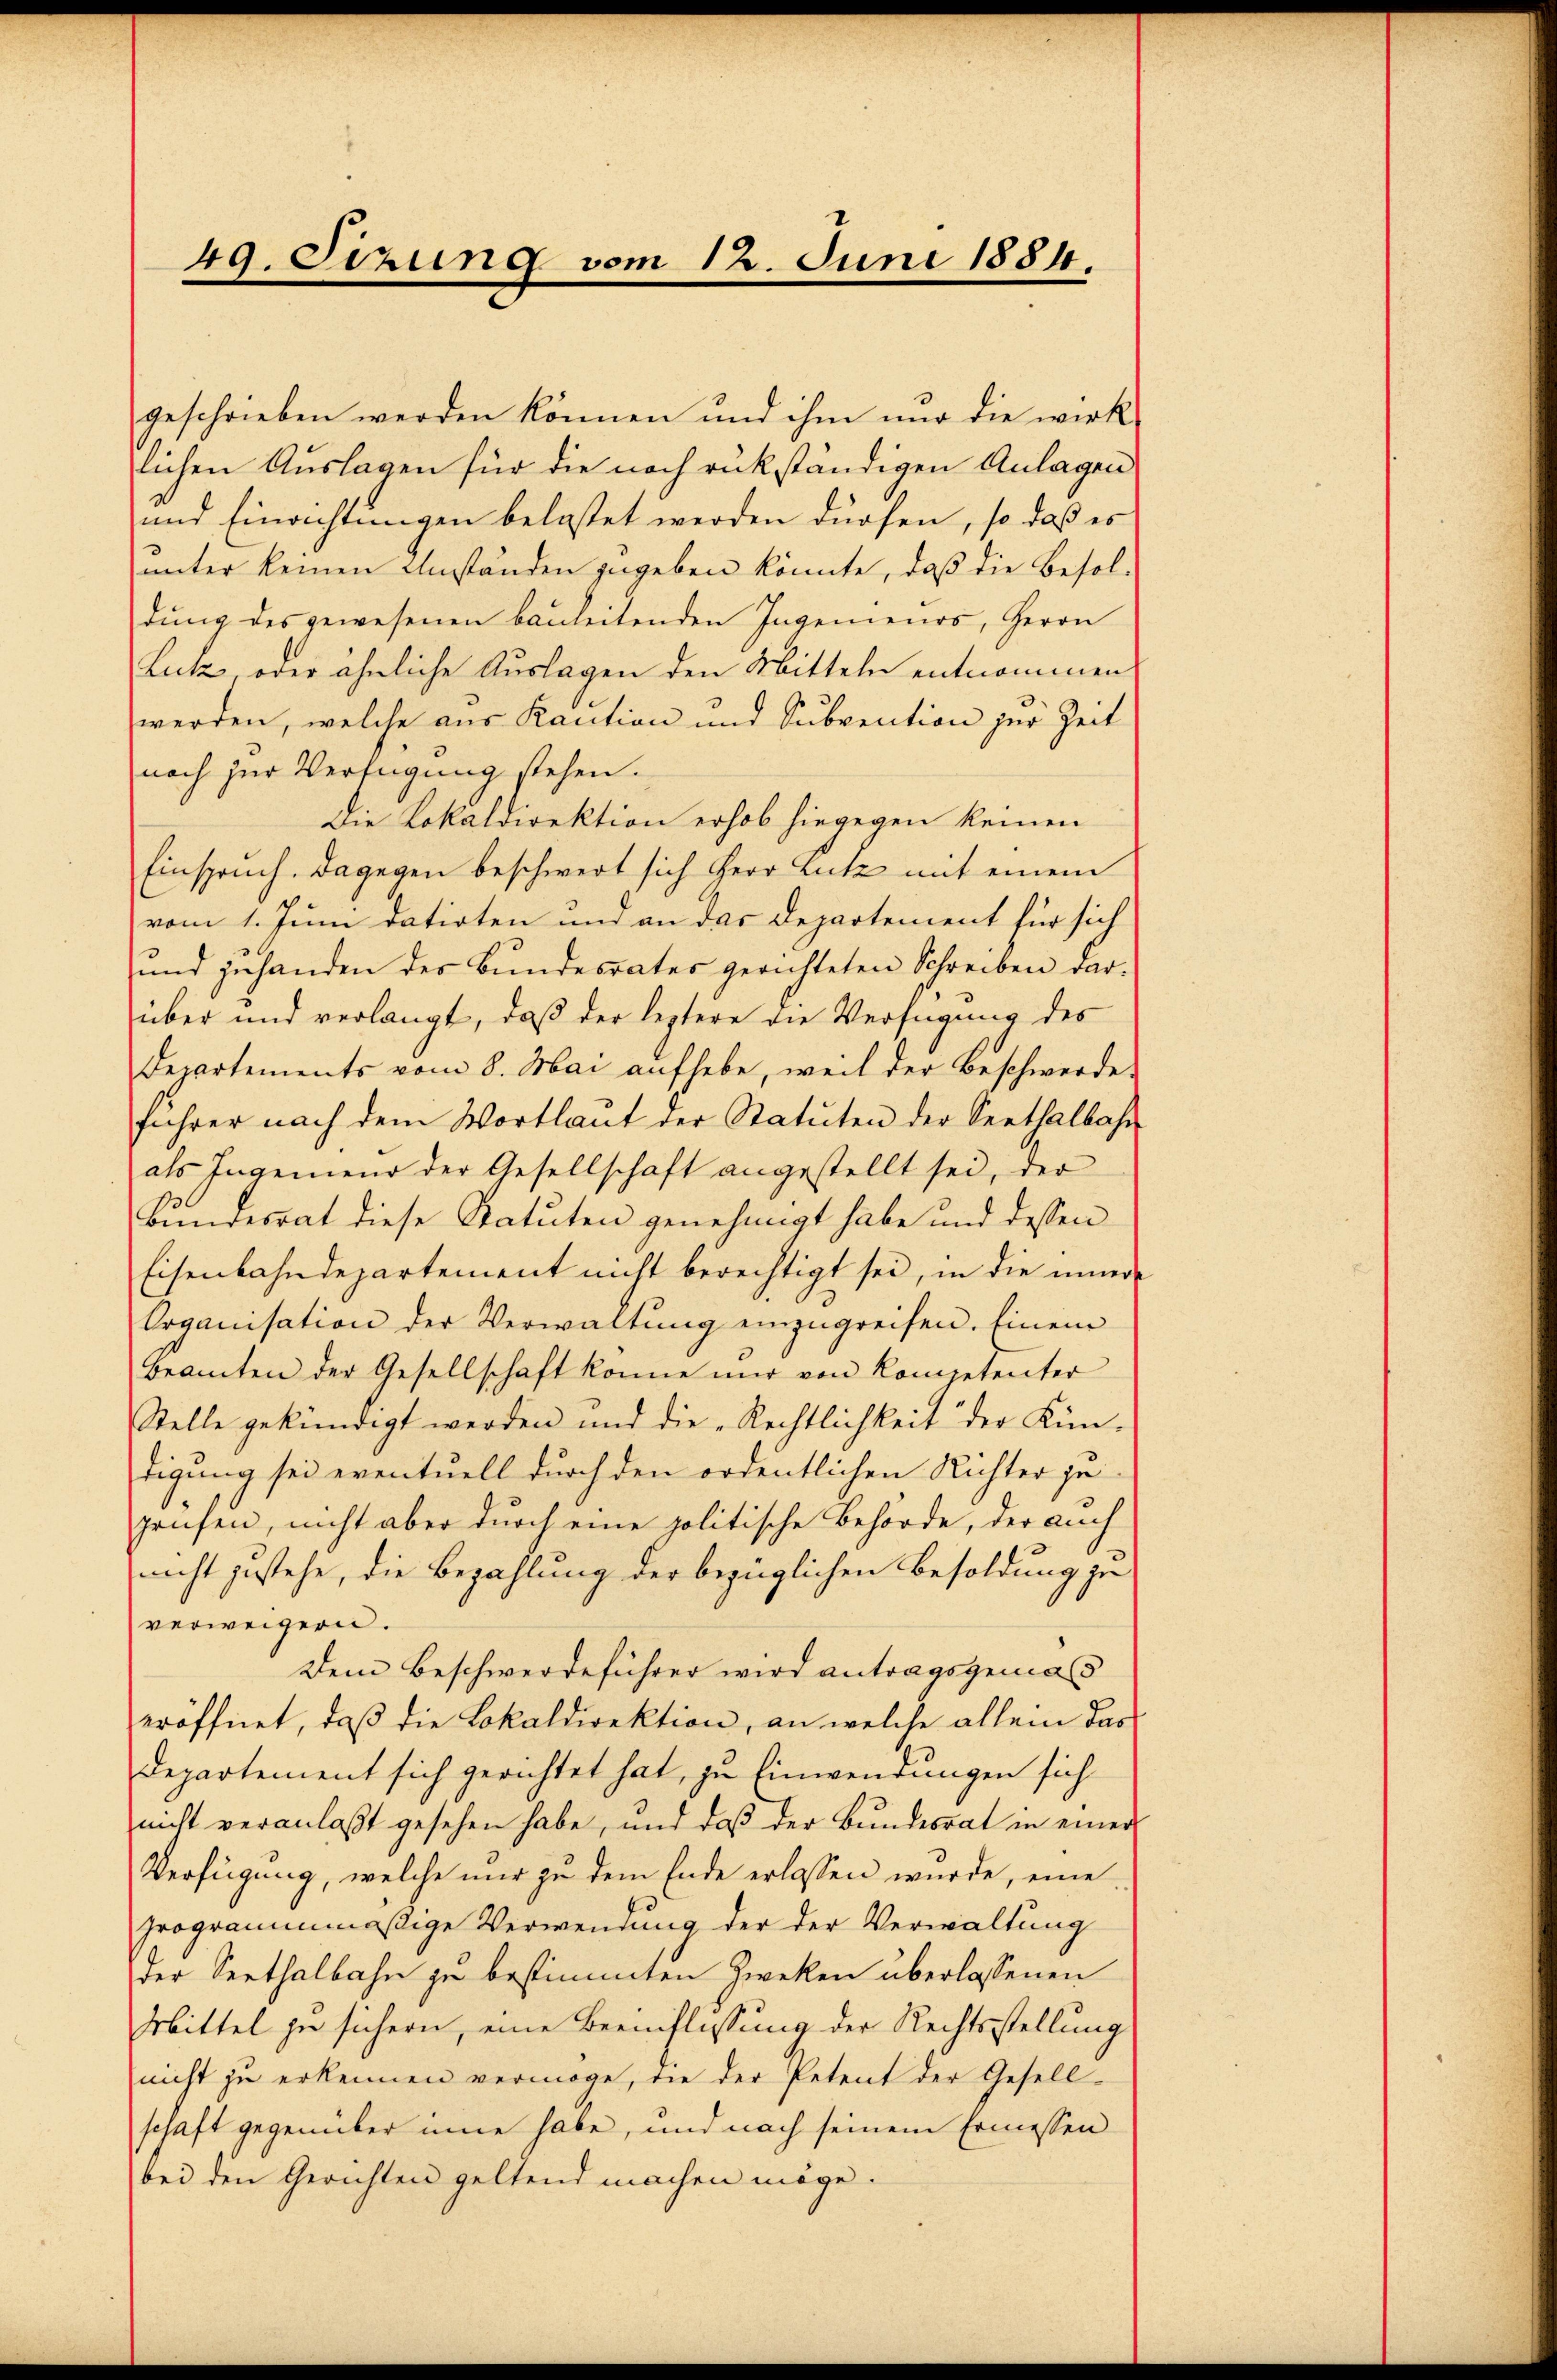
49. Sizung vom 12. Juni 1884.

geschrieben werden können und ihm nur die wirk
lichen Auslagen für die noch rükständigen Anlagen
und Einrichtungen belastet werden dürfen, so daß es
unter keinen Umständen zugeben könnte, daß die Besoldung des gewesenen bauleitenden Ingenieurs, Herrn
Lutz oder ähnliche Auslagen den Mitteln entnommen
werden, welche aus Kaution und Subvention zur Zeit
noch zur Verfügung stehen.
Die Lokaldirektion erhob hiegegen keinen
Einspruch. Dagegen beschwert sich Herr Lutz mit einem
vom 1. Juni datirten und an das Departement für sich
und zuhanden der Bundesrates gerichteten Schreiben darüber und verlangt, daß der leztere die Verfügung des
Departements vom 8. Mai aufhebe, weil der Beschwerde
führer nach dem Wortlaut der Statuten der Seethalbahn
als Ingeniend der Gesellschaft angestellt sei, der
Bundesrat diese Statuten genehmigt habe und dessen
Eisenbahndepartement nicht berechtigt sei, in die innere
Organisation der Verwaltung einzugreifen. Einem
Beamten der Gesellschaft könne nur von Kompetenter
Stelle gekündigt werden und die „Rechtlichkeit der Kin-
digung sei eventuell durch den ordentlichen Richter geprüfen, nicht aber durch eine politische Behörde, der auch
nicht gestehe, die Bezahlung der bezüglichen Besoldung zu
verweigern.
Dem Beschwerdeführer wird antragsgemäß
eröffnet, daß die Lokaldirektion, an welche allein das
departement sich gerichtet hat, zu Einwendungen sich
nicht veranlaßt gesehen habe, und daß der Bundesrat in einer
Verfügung, welche nur zu dem Ende erlassen wurde, eine
programmmäßige Verwendung der der Verwaltung
der Seethalbahn zu bestimmten Zweken überlassenen
Mittel zu sichern, eine Beeinflissung der Rechtsstellung
nicht zu erkennen vermöge, die der Petent der Gesellschaft gegenüber inne habe, und nach seinem Ermessen
bei den Gerichten geltend machen möge.